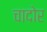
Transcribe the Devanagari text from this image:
चादोर